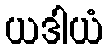
ယဒါယံ